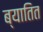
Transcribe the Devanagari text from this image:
ब्यातित